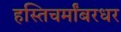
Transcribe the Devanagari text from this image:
हस्तिचर्मांबरधर